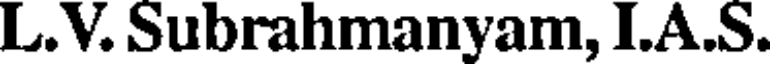
L.V. Subrahmanyam, I.A.S.